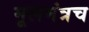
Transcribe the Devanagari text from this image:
मूलमंत्रच